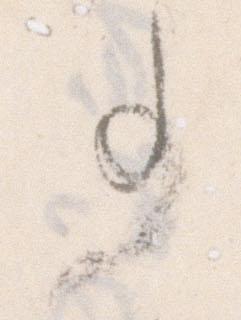
事